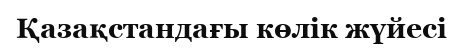
Қазақстандағы көлік жүйесі